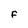
Character: F